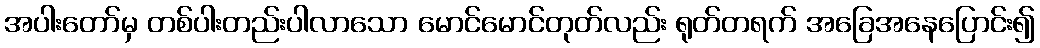
အပါးတော်မှ တစ်ပါးတည်းပါလာသော မောင်မောင်တုတ်လည်း ရုတ်တရက် အခြေအနေပြောင်း၍